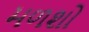
મળશો